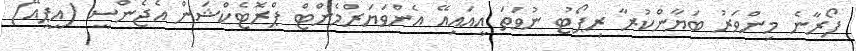
ފޯރާނެ މިންވަރު ބަޔާންކުރާ ރިޕޯޓު ނުވަތަ އީއައިއޭ އެންވަޔަރްމެންޓް ޕްރޮޓެކްޝަން އެޖެންސީ (އީޕީއޭ)